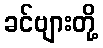
ခင်ဗျားတို့